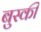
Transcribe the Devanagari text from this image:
बुस्की